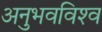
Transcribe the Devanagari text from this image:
अनुभवविश्‍व